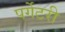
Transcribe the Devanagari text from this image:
पर्गेटरी